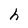
Character: h